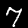
Label: 7